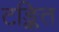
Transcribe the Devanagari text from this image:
टङ्कित